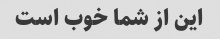
این از شما خوب است